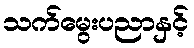
သက်မွေးပညာနှင့်